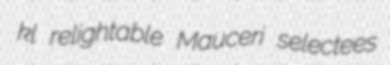
kl relightable Mauceri selectees